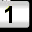
Digit: 1